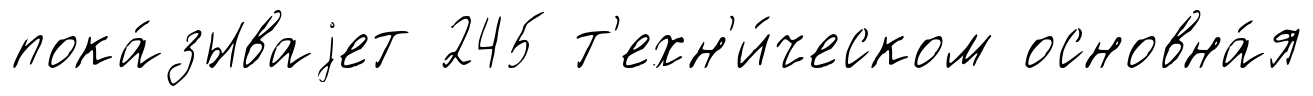
пока́зываjет 245 т'ехн'и́ческом основна́я